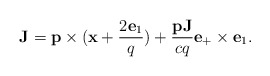
\begin{align*}{\bf J}={\bf p}\times({\bf x}+\frac{2{\bf e}_1}{q})+\frac{{\bf pJ}}{cq}{\bf e}_+\times{\bf e}_1.\end{align*}